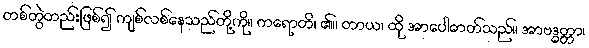
တစ်တွဲတည်းဖြစ်၍ ကျစ်လစ်နေသည်တို့ကို။ ကရောတိ၊ ၏။ တာယ၊ ထို အာပေါဓာတ်သည်။ အာဗဒ္ဓတ္တာ၊